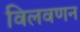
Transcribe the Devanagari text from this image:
विलवणन